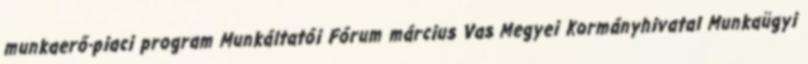
munkaerő-piaci program Munkáltatói Fórum március Vas Megyei Kormányhivatal Munkaügyi